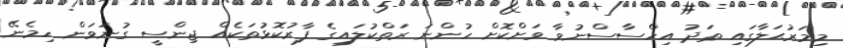
މިމަރުޙަލާގައި ތަދު އިހްސާސްނުވާ ވަށްކޮށް ހުންނަ ރަތްކުލައިގެ ފާރުކޮޅުތަކެއް ޖިންސީ ގުނަވަން ހިމެނޭ